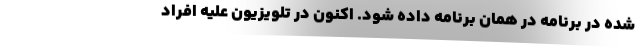
شده در برنامه در همان برنامه داده شود. اکنون در تلویزیون علیه افراد